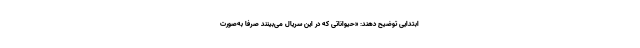
ابتدایی توضیح دهند: «حیواناتی که در این سریال می‌بینند صرفا به‌صورت